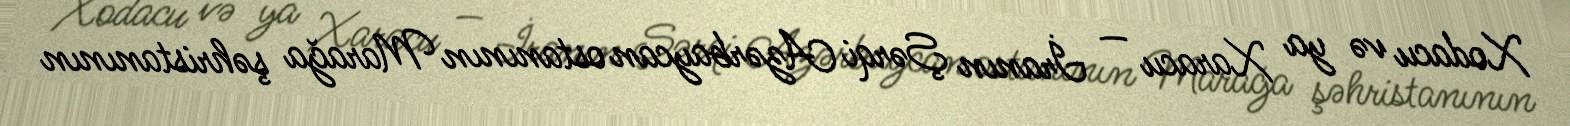
Xodacu və ya Xaracu — İranın Şərqi Azərbaycan ostanının Marağa şəhristanının